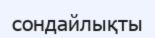
сондайлықты